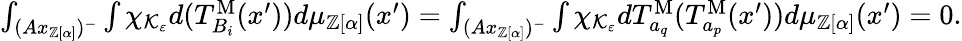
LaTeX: \begin{array}{r}{\int_{(Ax_{\mathbb{Z}[\alpha]})^{-}}\int\chi_{\mathcal{K}_{\varepsilon}}d(T_{B_{i}}^{\mathrm{M}}(x^{\prime}))d\mu_{\mathbb{Z}[\alpha]}(x^{\prime})=\int_{(Ax_{\mathbb{Z}[\alpha]})^{-}}\int\chi_{\mathcal{K}_{\varepsilon}}dT_{a_{q}}^{\mathrm{M}}(T_{a_{p}}^{\mathrm{M}}(x^{\prime}))d\mu_{\mathbb{Z}[\alpha]}(x^{\prime})=0.}\end{array}